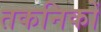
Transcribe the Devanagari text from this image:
तकनिकों